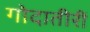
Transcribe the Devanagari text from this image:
गोदातीरीं